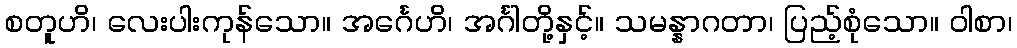
စတူဟိ၊ လေးပါးကုန်သော။ အင်္ဂေဟိ၊ အင်္ဂါတို့နှင့်။ သမန္နာဂတာ၊ ပြည့်စုံသော။ ဝါစာ၊